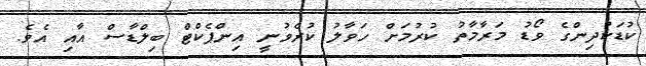
ކުޑަކުދިންގެ ވޯޑު މަރާމާތު ކުރުމަށް ހަވާލު ކުރެވުނީ އިންޕެކްޓް ބިލްޑާސް އާއި އެވެ.